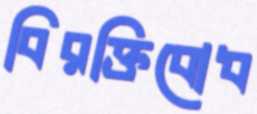
বিরক্তিবোধ